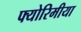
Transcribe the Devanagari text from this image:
फ्योरिमीया